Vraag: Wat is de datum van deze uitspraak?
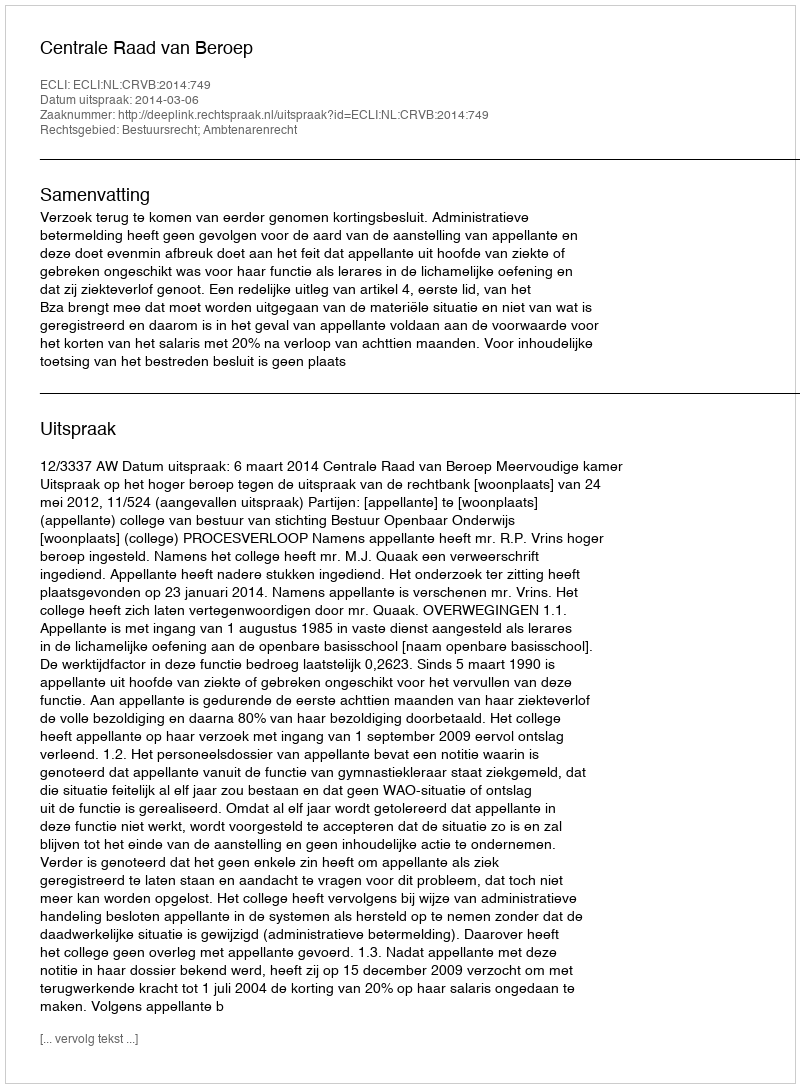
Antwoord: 2014-03-06